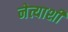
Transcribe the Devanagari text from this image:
नेत्याशी